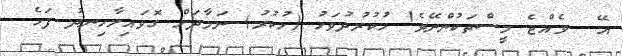
އޭ  ވެއްޖެ މީސްތަކުންނޭވެ! ހުކުރުދުވަހު (ހުކުރު) ނަމާދަށް ގޮވައިލާހިނދު ފަހެ